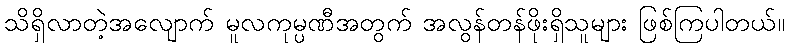
သိရှိလာတဲ့အလျောက် မူလကုမ္ပဏီအတွက် အလွန်တန်ဖိုးရှိသူများ ဖြစ်ကြပါတယ်။